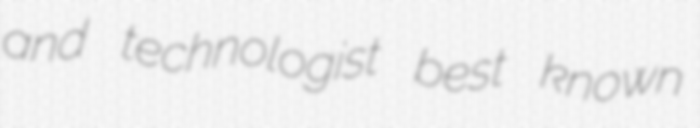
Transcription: and technologist best known